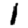
Digit: 1